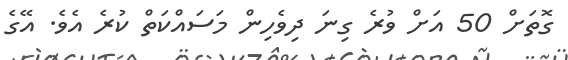
ގޮތަށް 50 އަށް ވުރެ ގިނަ ދިވެހިން މަސައްކަތް ކުރެ އެވެ. އޭގެ